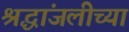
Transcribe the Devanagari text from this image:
श्रद्धांजलीच्या